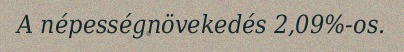
A népességnövekedés 2,09%-os.